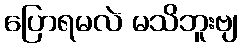
ပြောရမလဲ မသိဘူးဗျ